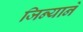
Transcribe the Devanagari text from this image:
जिन्याने